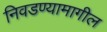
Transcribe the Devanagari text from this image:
निवडण्यामागील